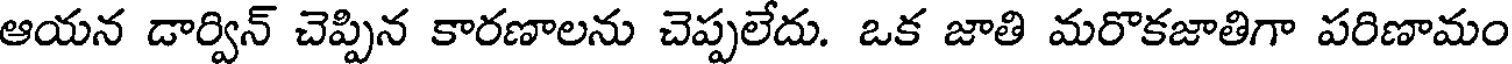
ఆయన డార్విన్ చెప్పిన కారణాలను చెప్పలేదు. ఒక జాతి మరొకజాతిగా పరిణామం